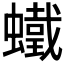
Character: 𧒵